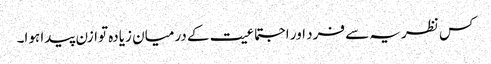
کس نظریہ سے فرد اور اجتماعیت کے درمیان زیادہ توازن پیدا ہوا۔